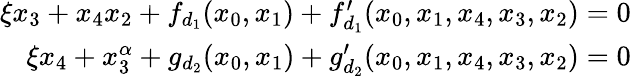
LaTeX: \begin{array}{r}{\xi x_{3}+x_{4}x_{2}+f_{d_{1}}(x_{0},x_{1})+f_{d_{1}}^{\prime}(x_{0},x_{1},x_{4},x_{3},x_{2})=0}\\ {\xi x_{4}+x_{3}^{\alpha}+g_{d_{2}}(x_{0},x_{1})+g_{d_{2}}^{\prime}(x_{0},x_{1},x_{4},x_{3},x_{2})=0}\end{array}